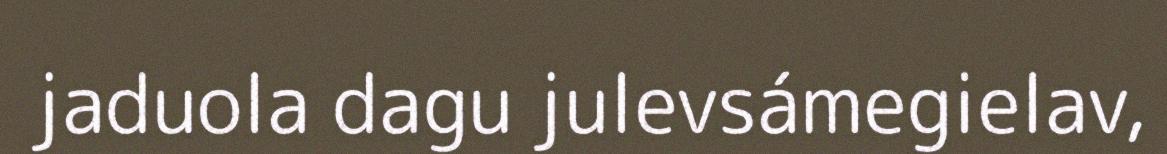
jaduola dagu julevsámegielav,